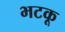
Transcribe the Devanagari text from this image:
भटकू